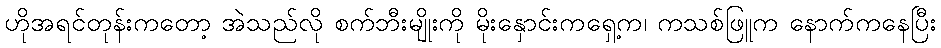
ဟိုအရင်တုန်းကတော့ အဲသည်လို စက်ဘီးမျိုးကို မိုးနှောင်းကရှေ့က၊ ကသစ်ဖြူက နောက်ကနေပြီး